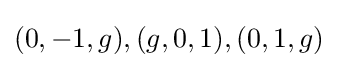
(0,-1,g),(g,0,1),(0,1,g)